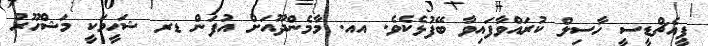
ޕީއެޗްޑީސީ ހާސިލް ކުރައްވާފައިވާ ބޭފުޅެކެވެ. އއ. މާމެންދޫއަށް އުފަން ޑރ ޝަހީމަކީ މަޝްހޫރު